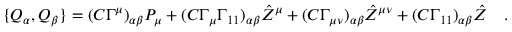
\{ Q _ { \alpha } , Q _ { \beta } \} = ( C \Gamma ^ { \mu } ) _ { \alpha \beta } P _ { \mu } + ( C \Gamma _ { \mu } \Gamma _ { 1 1 } ) _ { \alpha \beta } { \hat { Z } } ^ { \mu } + ( C \Gamma _ { \mu \nu } ) _ { \alpha \beta } { \hat { Z } } ^ { \mu \nu } + ( C \Gamma _ { 1 1 } ) _ { \alpha \beta } { \hat { Z } } \quad .